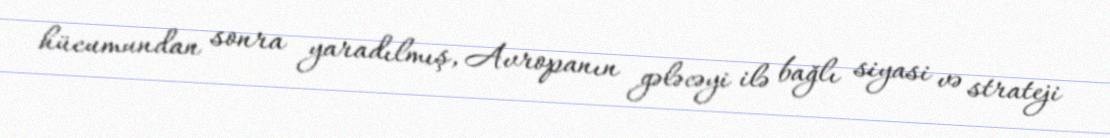
hücumundan sonra yaradılmış, Avropanın gələcəyi ilə bağlı siyasi və strateji